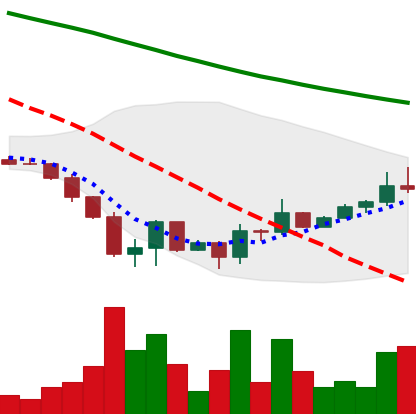
Ticker: DOGE-USD
Chart end date: 2022-06-27
Forward return: -7.67%
Label: down_7plus